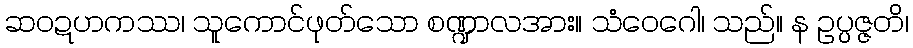
ဆဝဍဟကဿ၊ သူကောင်ဖုတ်သော စဏ္ဍာလအား။ သံဝေဂေါ၊ သည်။ န ဥပ္ပဇ္ဇတိ၊